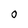
Character: 0